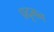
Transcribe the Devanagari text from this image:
प्रदूमन